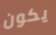
يكون